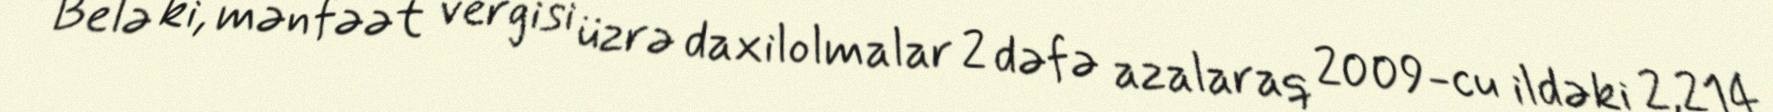
Belə ki, mənfəət vergisi üzrə daxilolmalar 2 dəfə azalaraq 2009-cu ildəki 2,214